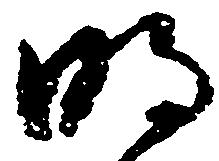
明